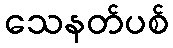
သေနတ်ပစ်